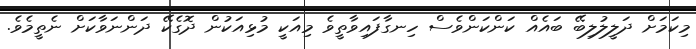
މިކަމަށް ދަލީލުލިބޭ ބައެއް ކަންކަންވެސް ހިނގާފައިވާތީވެ މިއަކީ މުޅިއަކުން ދޮގެކޭ ދަންނަވާކަށް ނެތީމެވެ.